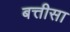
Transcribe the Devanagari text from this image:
बत्तीसा